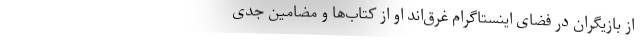
از بازیگران در فضای اینستاگرام غرق‌اند او از کتاب‌ها و مضامین جدی